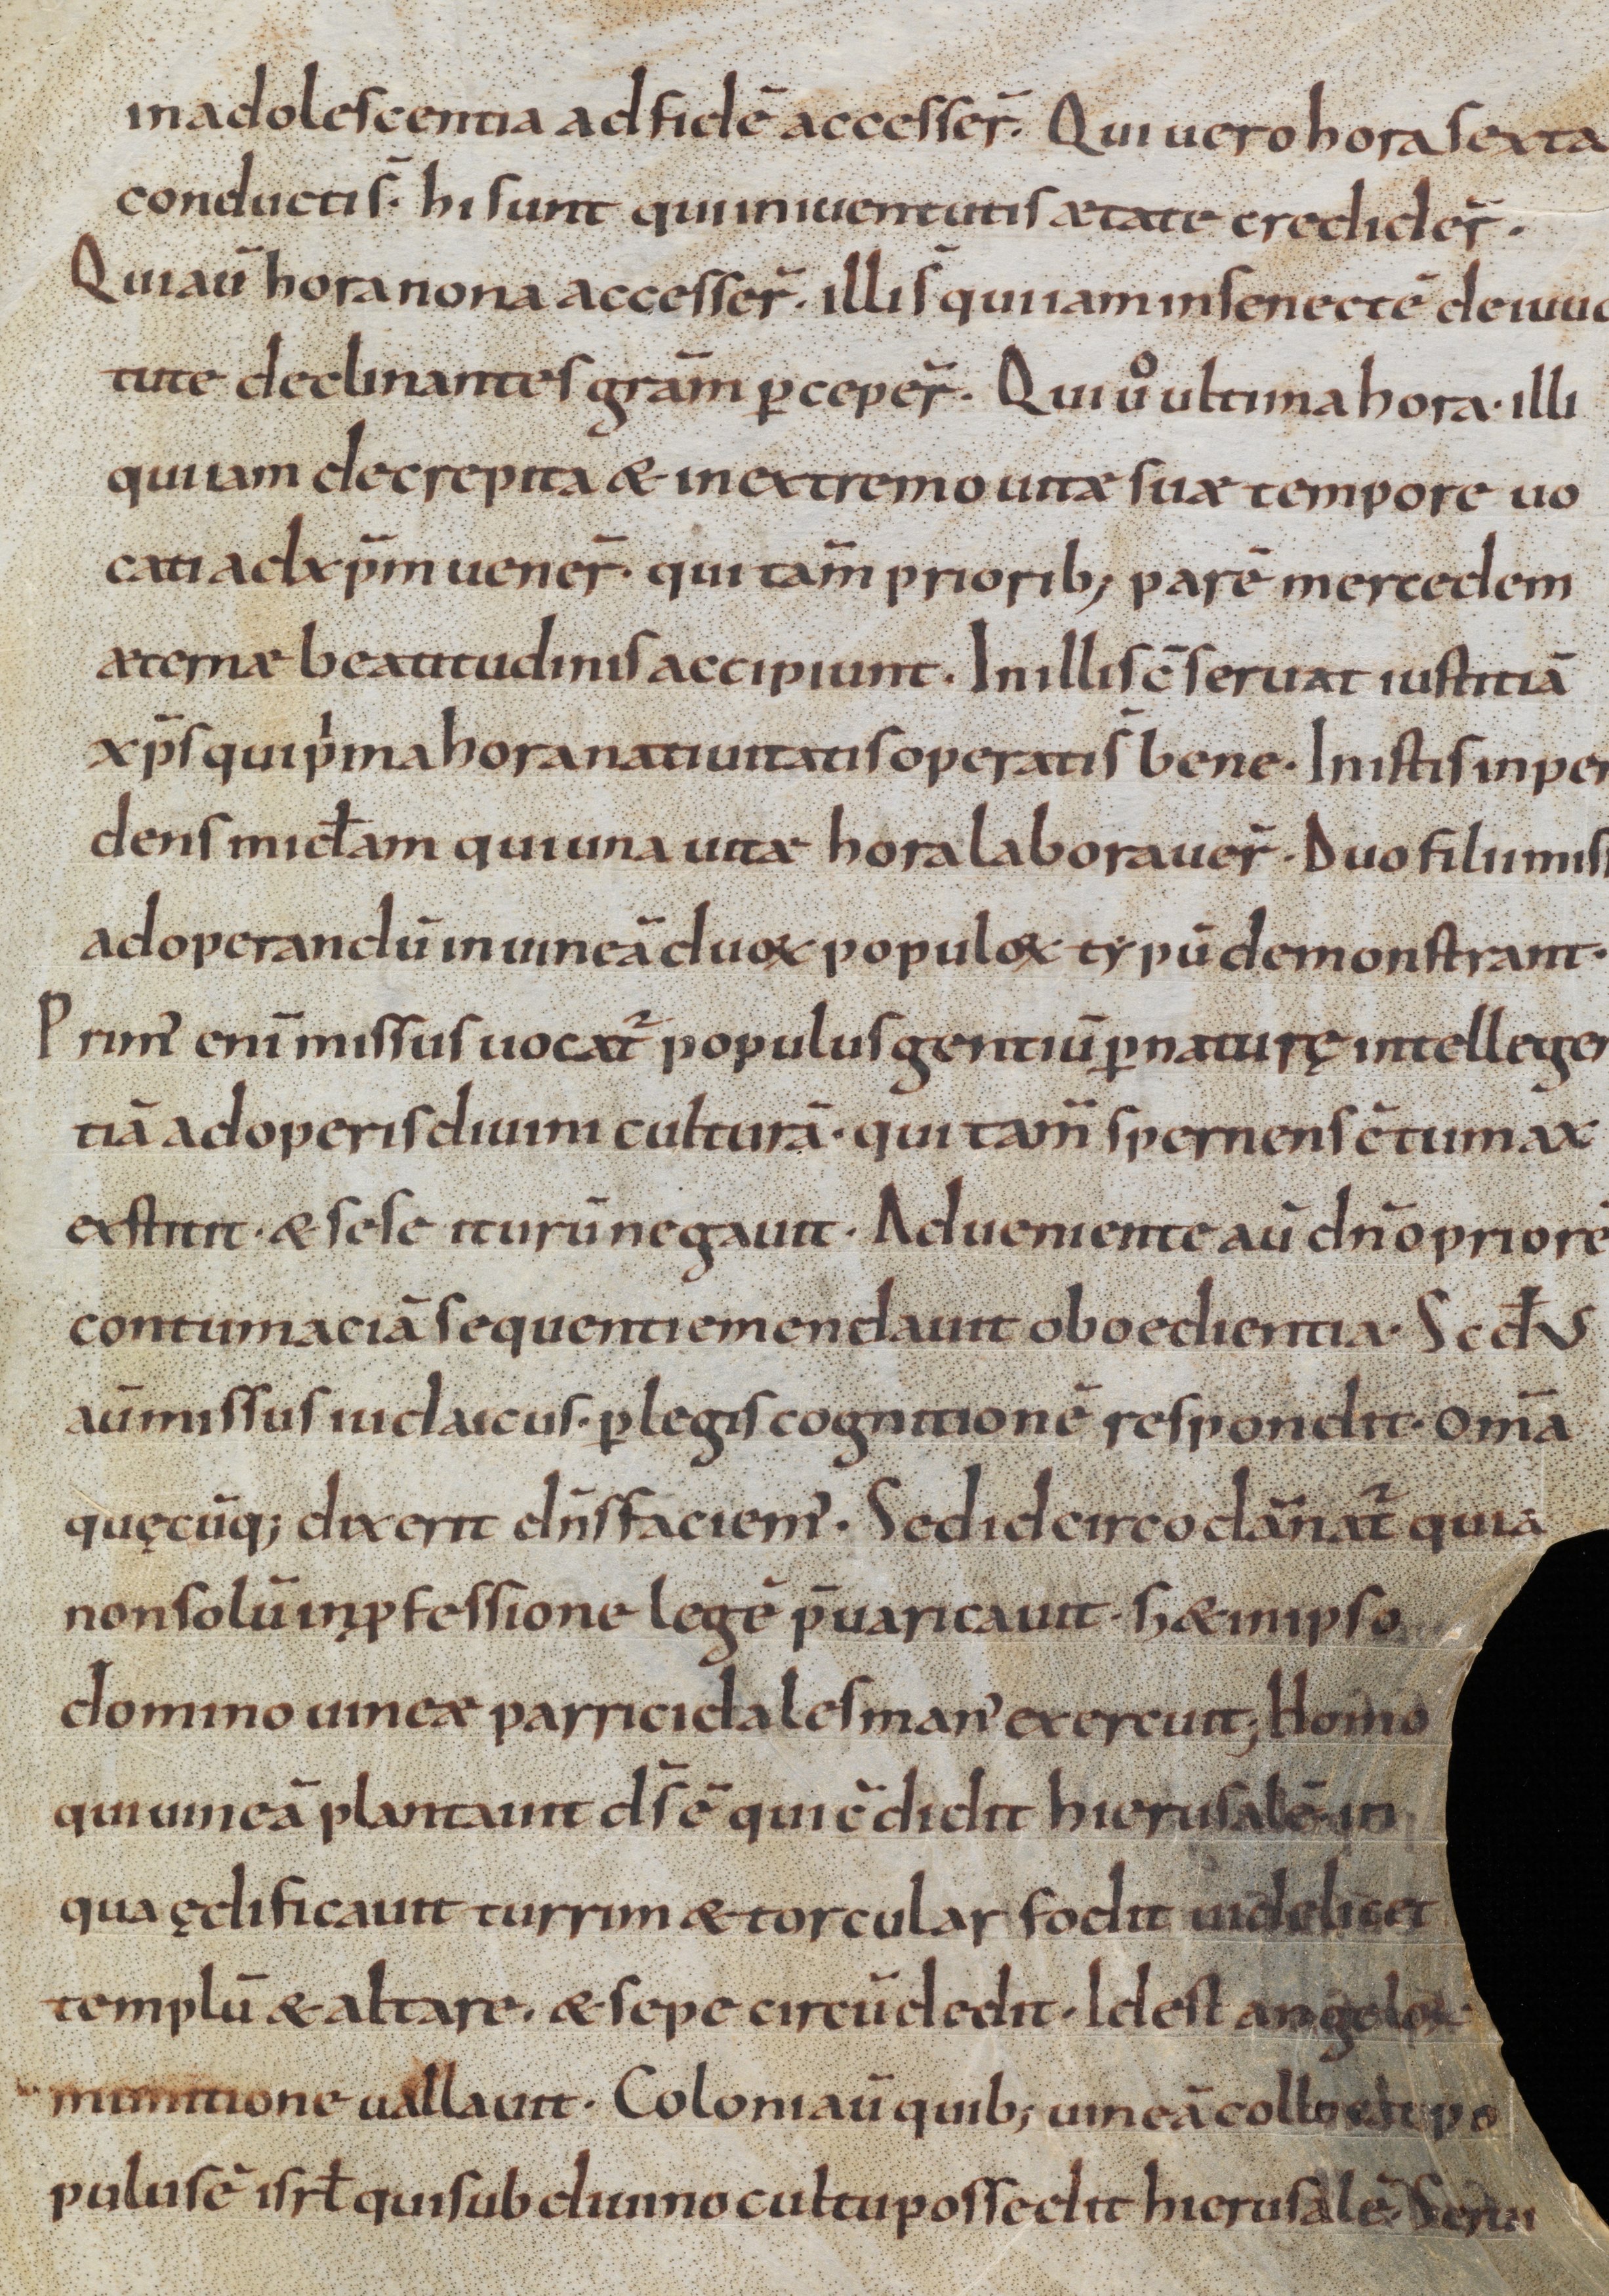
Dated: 900–1099